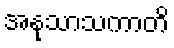
အနုသာသကာတိ